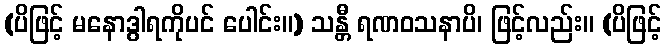
(ပိဖြင့် မနောဒွါရကိုပင် ပေါင်း။) သန္တီ ရဏဝသနာပိ၊ ဖြင့်လည်း။ (ပိဖြင့်